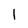
Character: 1